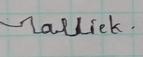
Signature authenticity: forged